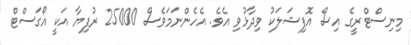
މިނިސްޓްރީގެ އިސް އޮފިޝަލަކު ވިދާޅުވި އެވެ. އެހެންނަމަވެސް 25000 ރުފިޔާ އަކީ އޯގަސްޓް